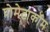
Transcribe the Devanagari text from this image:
पोमेटाकॉम